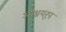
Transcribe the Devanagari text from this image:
आश्रयरूप